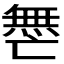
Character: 𫡟